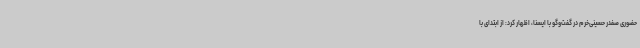
حضوری صفدر حسینی‌خرم در گفت‌وگو با ایسنا، اظهار کرد: از ابتدای با